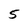
Character: 5